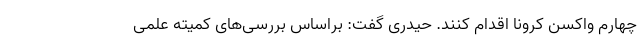
چهارم واکسن کرونا اقدام کنند. حیدری گفت: براساس بررسی‌های کمیته علمی